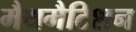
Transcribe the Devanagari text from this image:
मैथमैटिशन